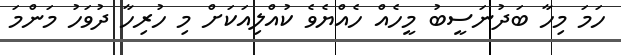
ހަމަ މިހާ ބަދުނަސީބު މީހެއް ހެއްޔެވެ ކުއްލިއަކަށް މި ހުރިހާ ދުވަހު މަންމަ